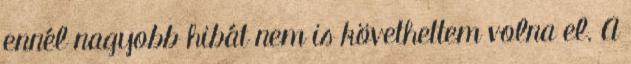
ennél nagyobb hibát nem is követhettem volna el. A